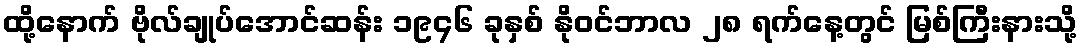
ထို့နောက် ဗိုလ်ချုပ်အောင်ဆန်း ၁၉၄၆ ခုနှစ် နိုဝင်ဘာလ ၂၈ ရက်နေ့တွင် မြစ်ကြီးနားသို့